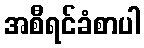
အစီရင်ခံစာပါ